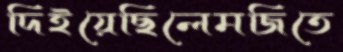
দিইয়েছিলেমজিতে